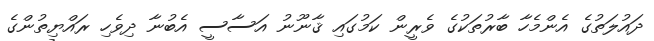
ދައުލަތުގެ އެންމެހާ ބާރުތަކުގެ ވެރީން ކަމުގައި ޤާނޫނު އަސާސީ އެބުނާ ދިވެހި ރައްޔިތުންގެ